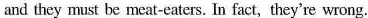
and they must be meat-eaters. In fact, they're wrong.